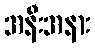
အနီးအနား